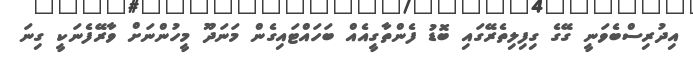
އިދުރިސްބެވަނީ ގޭގެ ގިފިލިތެރޭގައި ބޮޑު ފެންތާގީއެއް ބަހައްޓައިގެން މަނަދޫ މީހުންނަށް ވާރޭފެނަކީ ގިނަ